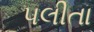
પલીતા